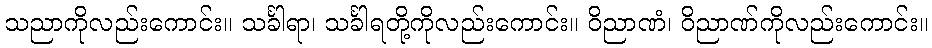
သညာကိုလည်းကောင်း။ သင်္ခါရာ၊ သင်္ခါရတို့ကိုလည်းကောင်း။ ဝိညာဏံ၊ ဝိညာဏ်ကိုလည်းကောင်း။